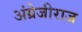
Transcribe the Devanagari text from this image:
अंग्रेजीराज